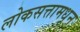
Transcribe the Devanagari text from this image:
लोकसत्तामधून